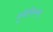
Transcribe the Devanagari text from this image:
यूफेमिस्म्स